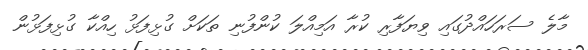
މާލެ ސަރަހައްދުގައި ވިޔަފާރި ކުރާ އަމިއްލަ ކުންފުނި ތަކަށް ގުޅިފަޅު ހިއްކާ ގުޅިފަޅުން